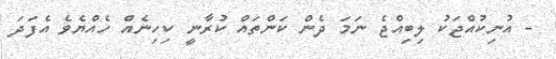
- އުނިކުއްޖަކު ލިބިއްޖެ ނަމަ ދެން ކަންތައް ކުރާނީ ކިހިނެއް ހެއްޔެވެ އެފަދަ